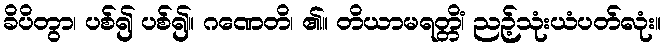
ခိပိတွာ၊ ပစ်၍ ပစ်၍။ ဂဏေတိ၊ ၏။ တိယာမရတ္တိံ၊ ညဉ့်သုံးယံပတ်လုံး။